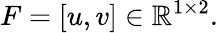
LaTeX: F=[u,v]\in\mathbb{R}^{1\times 2}.